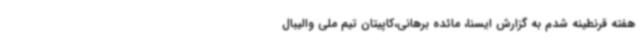
هفته قرنطینه شدم به گزارش ایسنا، مائده برهانی،کاپیتان تیم ملی والیبال